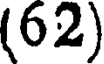
(62)